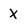
Character: X